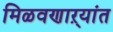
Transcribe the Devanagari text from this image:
मिळवणाऱ्यांत